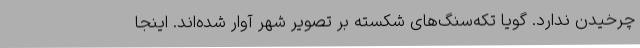
چرخیدن ندارد. گویا تکه‌سنگ‌های شکسته بر تصویر شهر آوار شده‌اند. اینجا